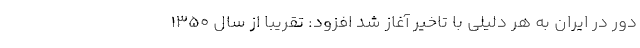
دور در ایران به هر دلیلی با تاخیر آغاز شد افزود: تقریبا از سال ۱۳۵۰